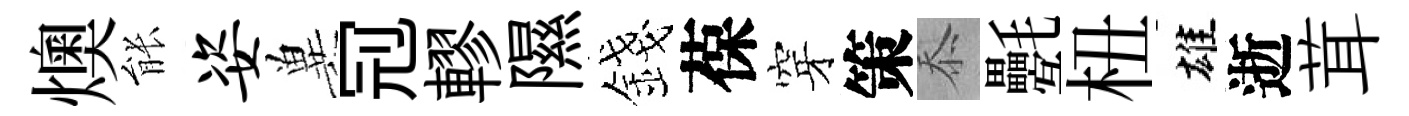
燠䏻姿兾𠜍轇隰錢葆穿策忝氎杻雄逝茸